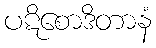
ပဋိစောဒိတာနံ